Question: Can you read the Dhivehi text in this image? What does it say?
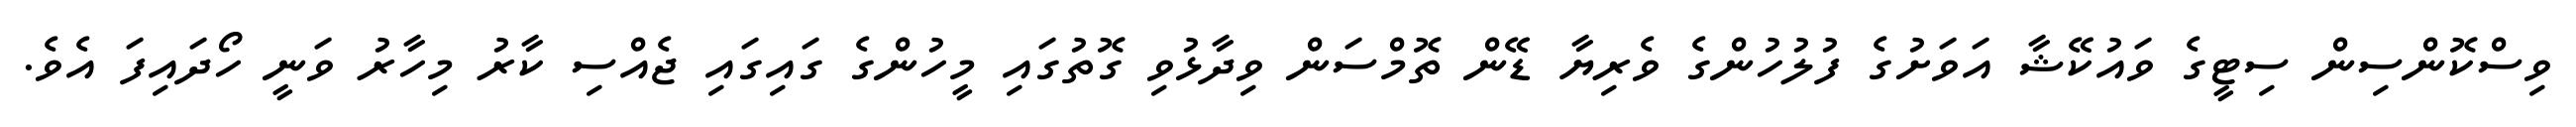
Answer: ވިސްކޮންސިން ސިޓީގެ ވައުކޭޝާ އަވަށުގެ ފުލުހުންގެ ވެރިޔާ ޑޭން ތޮމްސަން ވިދާޅުވި ގޮތުގައި މީހުންގެ ގައިގައި ޖެއްސި ކާރު މިހާރު ވަނީ ހޯދައިފަ އެވެ.